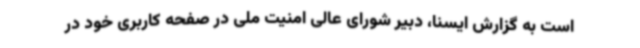
است به گزارش ایسنا، دبیر شورای عالی امنیت ملی در صفحه کاربری خود در